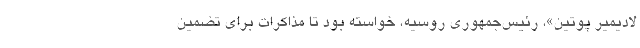
لادیمیر پوتین»، رئیس‌جمهوری روسیه، خواسته بود تا مذاکرات برای تضمین